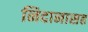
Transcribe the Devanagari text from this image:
निदानासह